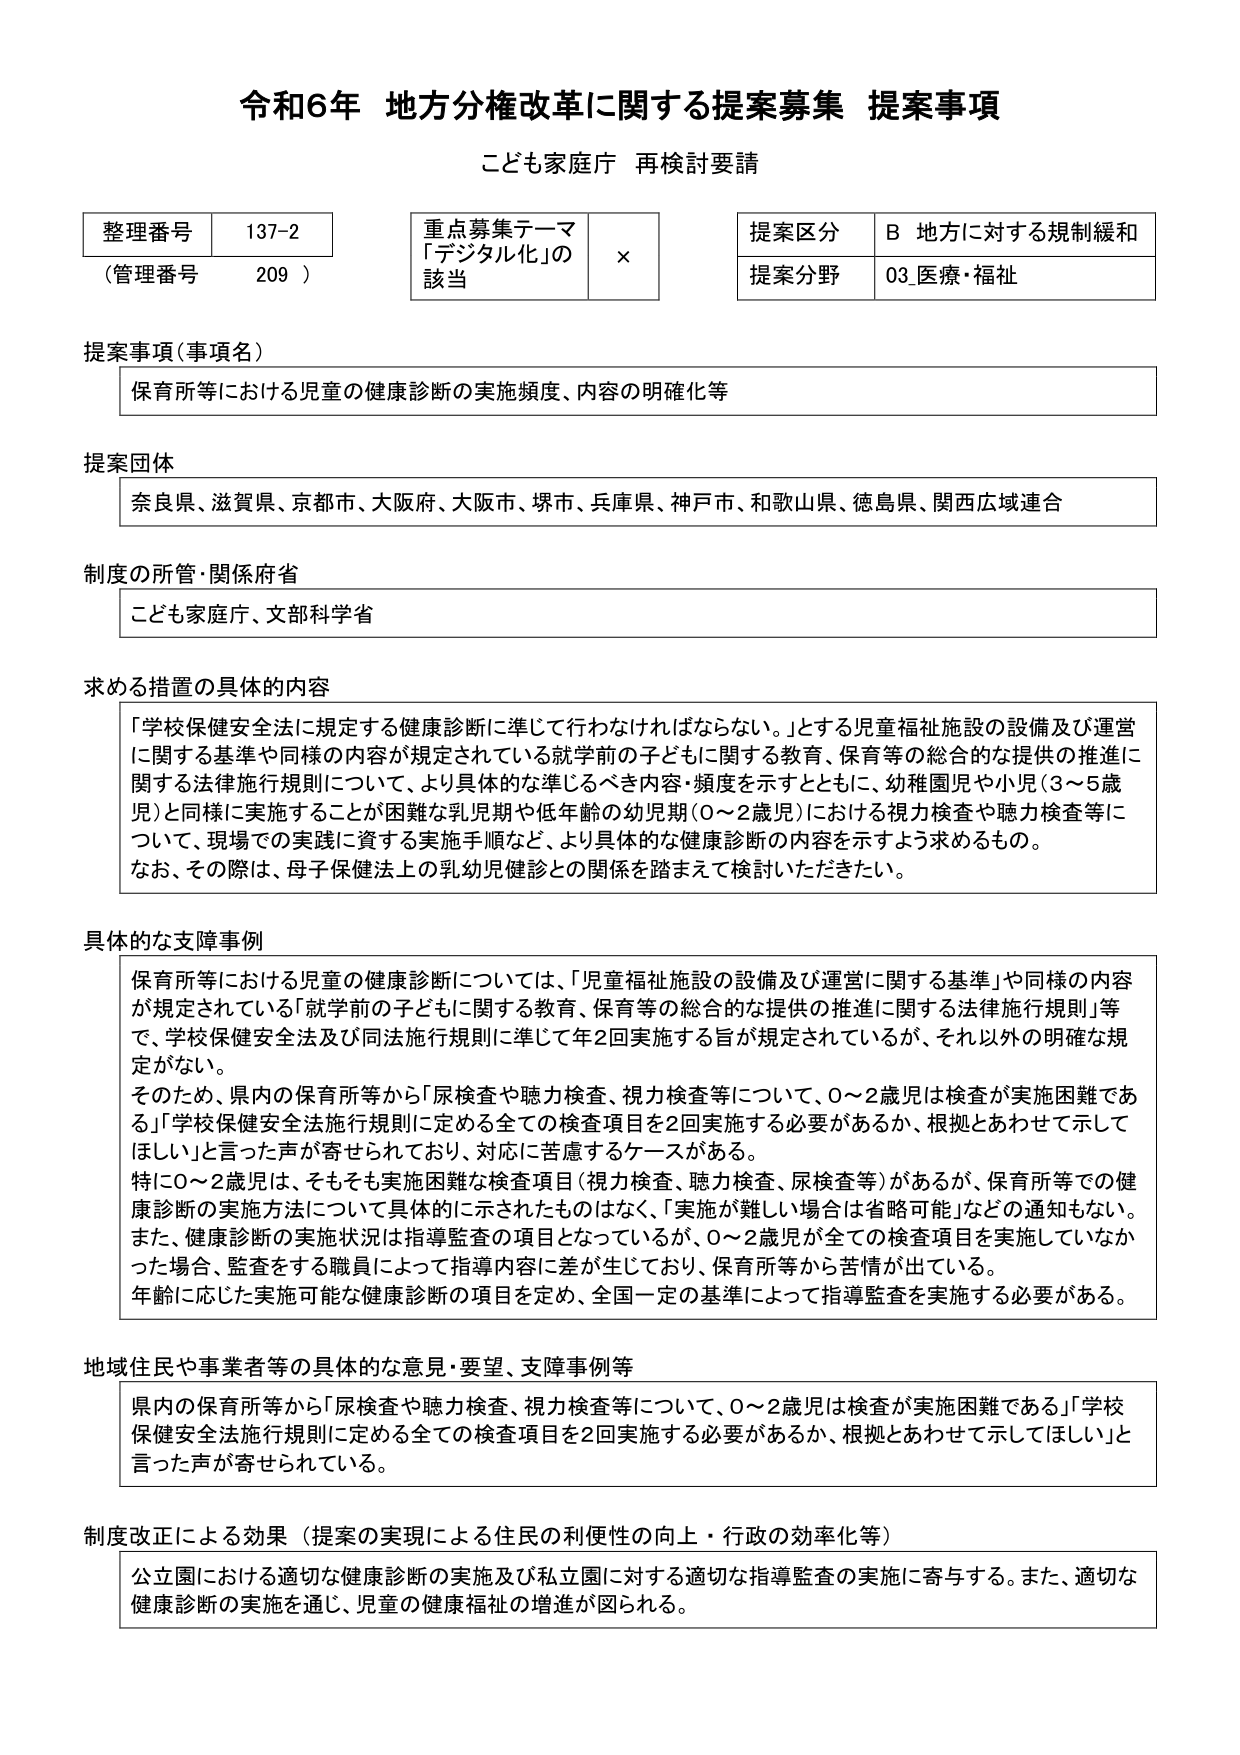
令和6年 地方分権改革に関する提案募集 提案事項
こども家庭庁 再検討要請

整理番号 137-2
（管理番号 209）

重点募集テーマ
「デジタル化」の該当 ×

提案区分 B 地方に対する規制緩和
提案分野 03 医療・福祉

提案事項（事項名）
保育所等における児童の健康診断の実施頻度、内容の明確化等

提案団体
奈良県、滋賀県、京都市、大阪府、大阪市、堺市、兵庫県、神戸市、和歌山県、徳島県、関西広域連合

制度の所管・関係府省
こども家庭庁、文部科学省

求める措置の具体的内容
「学校保健安全法に規定する健康診断に準じて行わなければならない。」とする児童福祉施設の設備及び運営に関する基準や同様の内容が規定されている就学前の子どもに関する教育、保育等の総合的な提供の推進に関する法律施行規則について、より具体的な準じるべき内容・頻度を示すとともに、幼稚園児や小児（3～5歳児）と同様に実施することが困難な乳児期や低年齢の幼児期（0～2歳児）における視力検査や聴力検査等について、現場での実践に資する実施手順など、より具体的な健康診断の内容を示すよう求めるもの。
なお、その際は、母子保健法上の乳幼児健診との関係を踏まえて検討いただきたい。

具体的な支障事例
保育所等における児童の健康診断については、「児童福祉施設の設備及び運営に関する基準」や同様の内容が規定されている「就学前の子どもに関する教育、保育等の総合的な提供の推進に関する法律施行規則」等で、学校保健安全法及び同法施行規則に準じて年2回実施する旨が規定されているが、それ以外の明確な規定がない。
そのため、県内の保育所等から「尿検査や聴力検査、視力検査等について、0～2歳児は検査が実施困難である」「学校保健安全法施行規則に定める全ての検査項目を2回実施する必要があるか、根拠とあわせて示してほしい」と言った声が寄せられており、対応に苦慮するケースがある。
特に0～2歳児は、そもそも実施困難な検査項目（視力検査、聴力検査、尿検査等）があるが、保育所等での健康診断の実施方法について具体的に示されたものではなく、「実施が難しい場合は省略可能」などの通知もない。
また、健康診断の実施状況は指導監査の項目となっているが、0～2歳児が全ての検査項目を実施していない場合、監査をする職員によって指導内容に差が生じており、保育所等から苦情が出ている。
年齢に応じた実施可能な健康診断の項目を定め、全国一定の基準によって指導監査を実施する必要がある。

地域住民や事業者等の具体的な意見・要望、支障事例等
県内の保育所等から「尿検査や聴力検査、視力検査等について、0～2歳児は検査が実施困難である」「学校保健安全法施行規則に定める全ての検査項目を2回実施する必要があるか、根拠とあわせて示してほしい」と言った声が寄せられている。

制度改正による効果（提案の実現による住民の利便性の向上・行政の効率化等）
公立園における適切な健康診断の実施及び私立園に対する適切な指導監査の実施に寄与する。また、適切な健康診断の実施を通じ、児童の健康福祉の増進が図られる。